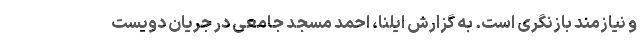
و نیازمند بازنگری است. به گزارش ایلنا،‌ احمد مسجد جامعی در جریان دویست